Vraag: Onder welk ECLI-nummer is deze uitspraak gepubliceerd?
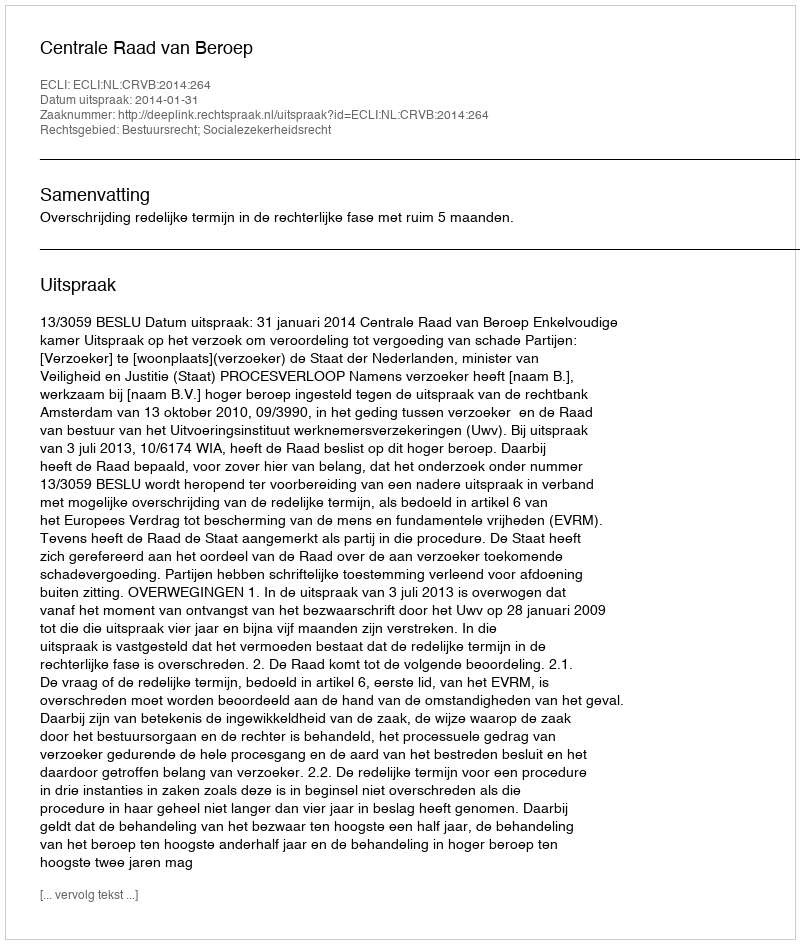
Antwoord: ECLI:NL:CRVB:2014:264